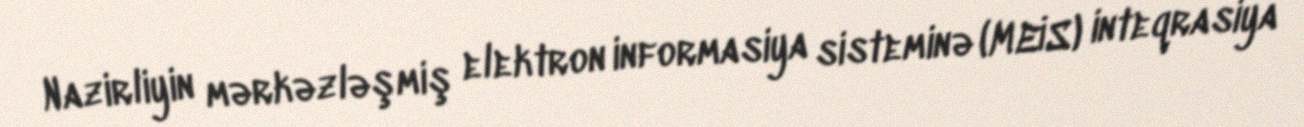
Nazirliyin mərkəzləşmiş elektron informasiya sisteminə (MEİS) inteqrasiya